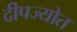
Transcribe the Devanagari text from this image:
दीपज्योत